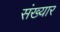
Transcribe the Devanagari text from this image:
संख्यार